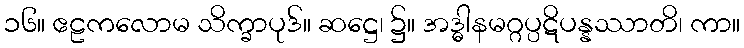
၁၆။ ဧဠကလောမ သိက္ခာပုဒ်။ ဆဋ္ဌေ၊ ၌။ အဒ္ဓါနမဂ္ဂပ္ပဋိပန္နဿာတိ၊ ကာ။